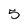
Character: 5